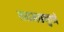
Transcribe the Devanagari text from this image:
शतमष्टगुणं